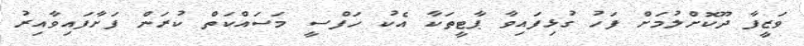
ވަޒީފާ ދޫކޮށްލުމަށް ފަހު ގުޅިފައިވާ ޕާޓީތަކާ އެކު ހަފްސީ މަސައްކަތް ކުރަން ފަށާފައިވާއިރު